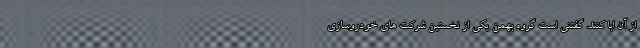
از آن ابا کنند. گفتنی است گروه بهمن یکی از نخستین شرکت های خودروسازی